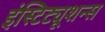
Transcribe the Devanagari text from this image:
इंस्टिट्यूशन्स